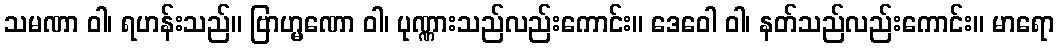
သမဏာ ဝါ၊ ရဟန်းသည်။ ဗြာဟ္မဏော ဝါ၊ ပုဏ္ဏားသည်လည်းကောင်း။ ဒေဝေါ ဝါ၊ နတ်သည်လည်းကောင်း။ မာရော